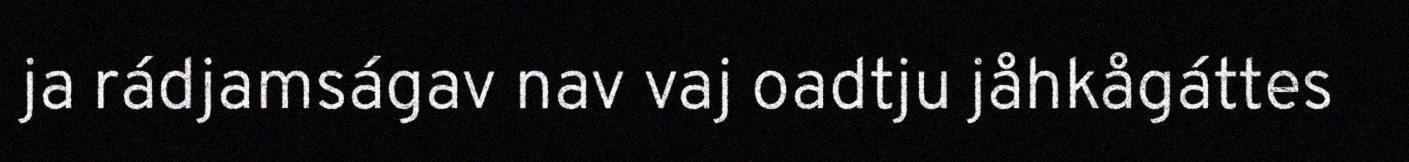
ja rádjamságav nav vaj oadtju jåhkågáttes